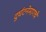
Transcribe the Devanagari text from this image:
दुर्घटनेमागचे